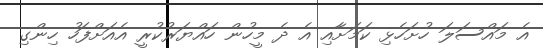
އެ މައްސަލަ ހުށަހެޅި ކަމަށާއި އެ ދެ މީހުން ހައްޔަރުކުރީ އެއަށްފަހު ހިންގި